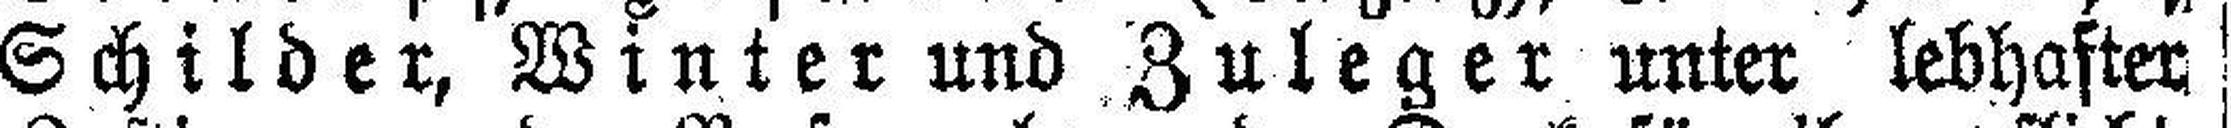
Schilder, Winter und Zuleger unter lebhafter